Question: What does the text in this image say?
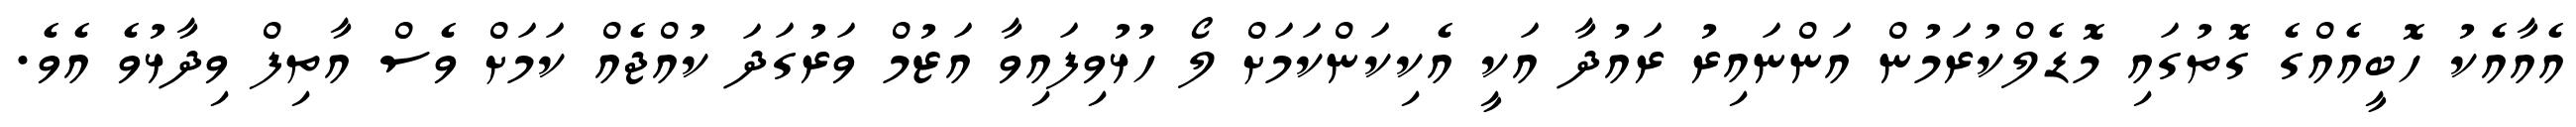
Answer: އެއާއެކު ހޮބީއެއްގެ ގޮތުގައި މޮޑެލްކުރަމުން އަންނައިރު ރައުދާ އަކީ އެކިކަންކަމަށް ލޯ ހުޅުވިފައިވާ އަޒުމް ވަރުގަދަ ކުއްޖެއް ކަމަށް ވެސް އާތިފް ވިދާޅުވެ އެވެ.